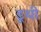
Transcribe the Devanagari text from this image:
डूथी